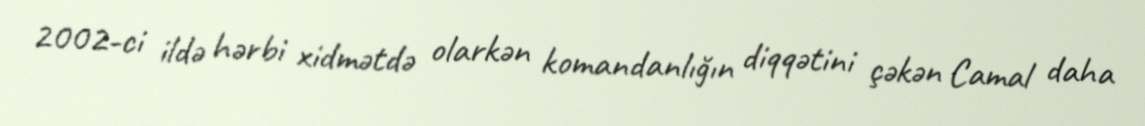
2002-ci ildə hərbi xidmətdə olarkən komandanlığın diqqətini çəkən Camal daha